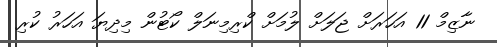
ނާޒިމް 11 އަހަރަށް ޖަލަށް ލުމަށް ކްރިމިނަލް ކޯޓުން މިދިޔަ އަހަރު ކުރި